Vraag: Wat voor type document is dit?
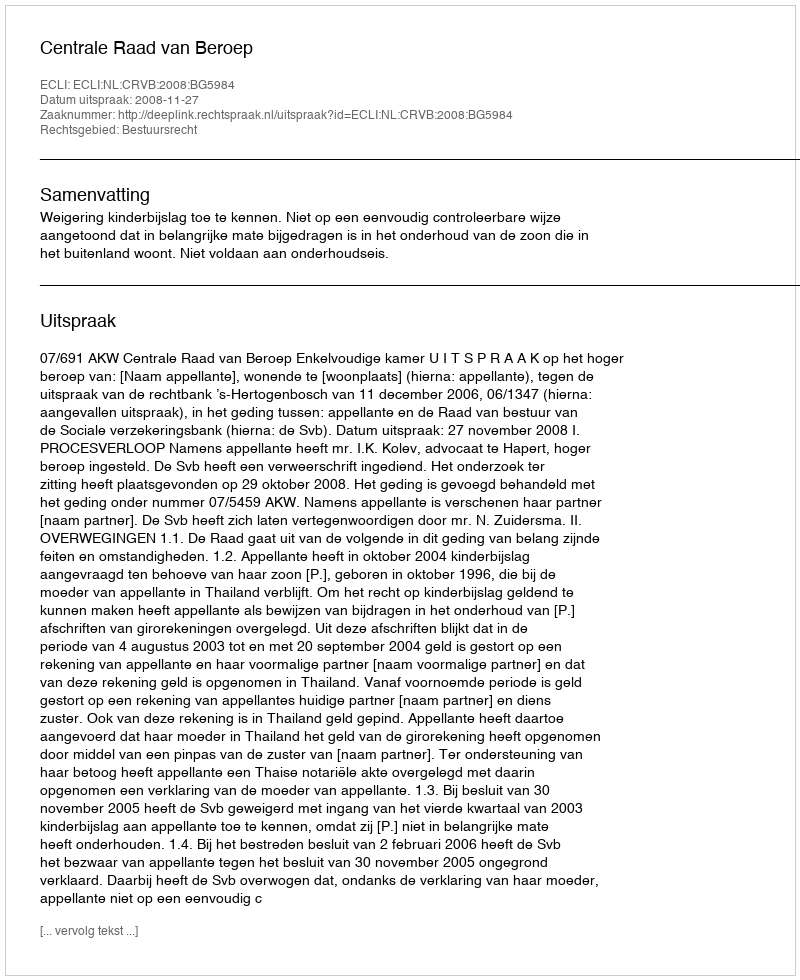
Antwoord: Uitspraak